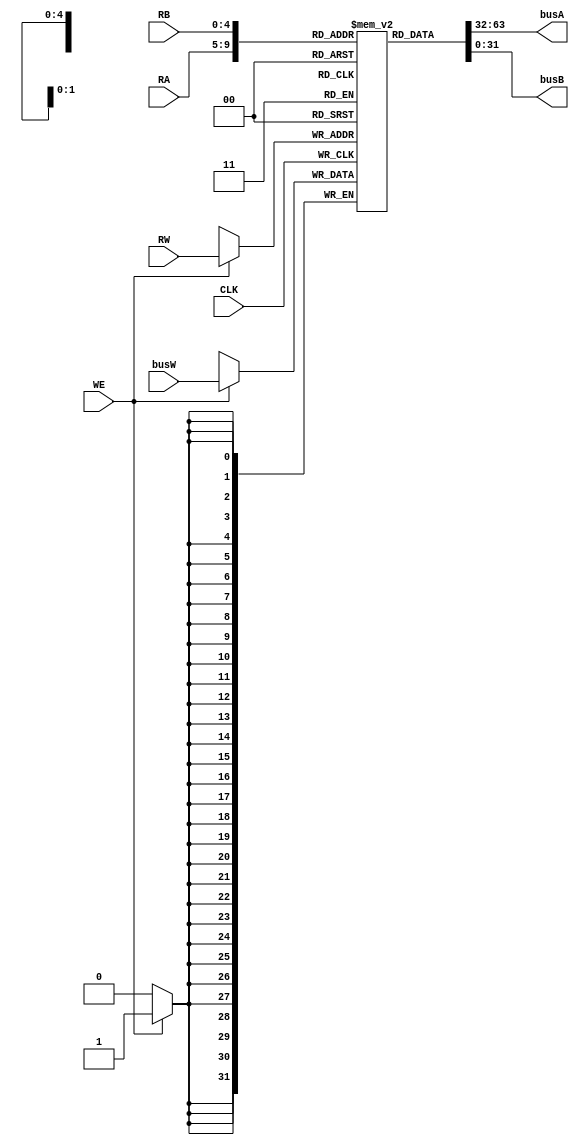
module RegFile(CLK,WE,RW,RA,RB,busW,busA,busB);
    parameter ADDR = 5;
    parameter NUMB = 1<<ADDR;
    parameter SIZE = 32;
    
    input CLK;
    input WE;		//
    input [ADDR:1]RA;	//RB
    input [ADDR:1]RB;	//RA
    input [ADDR:1]RW;	//RW
    
    input [SIZE:1]busW;	//RW
    output [SIZE:1]busA;	//RA
    output [SIZE:1]busB;	//RB
    reg [SIZE:1]REG_Files[0:NUMB-1];
    integer i;
    
    initial
        for(i=0;i<NUMB;i=i+1) REG_Files[i]<=i;
    always@(posedge CLK)
    begin
        if(WE)
                REG_Files[RW]<=busW;
    end
    assign busA=REG_Files[RA];
    assign busB=REG_Files[RB];

endmodule